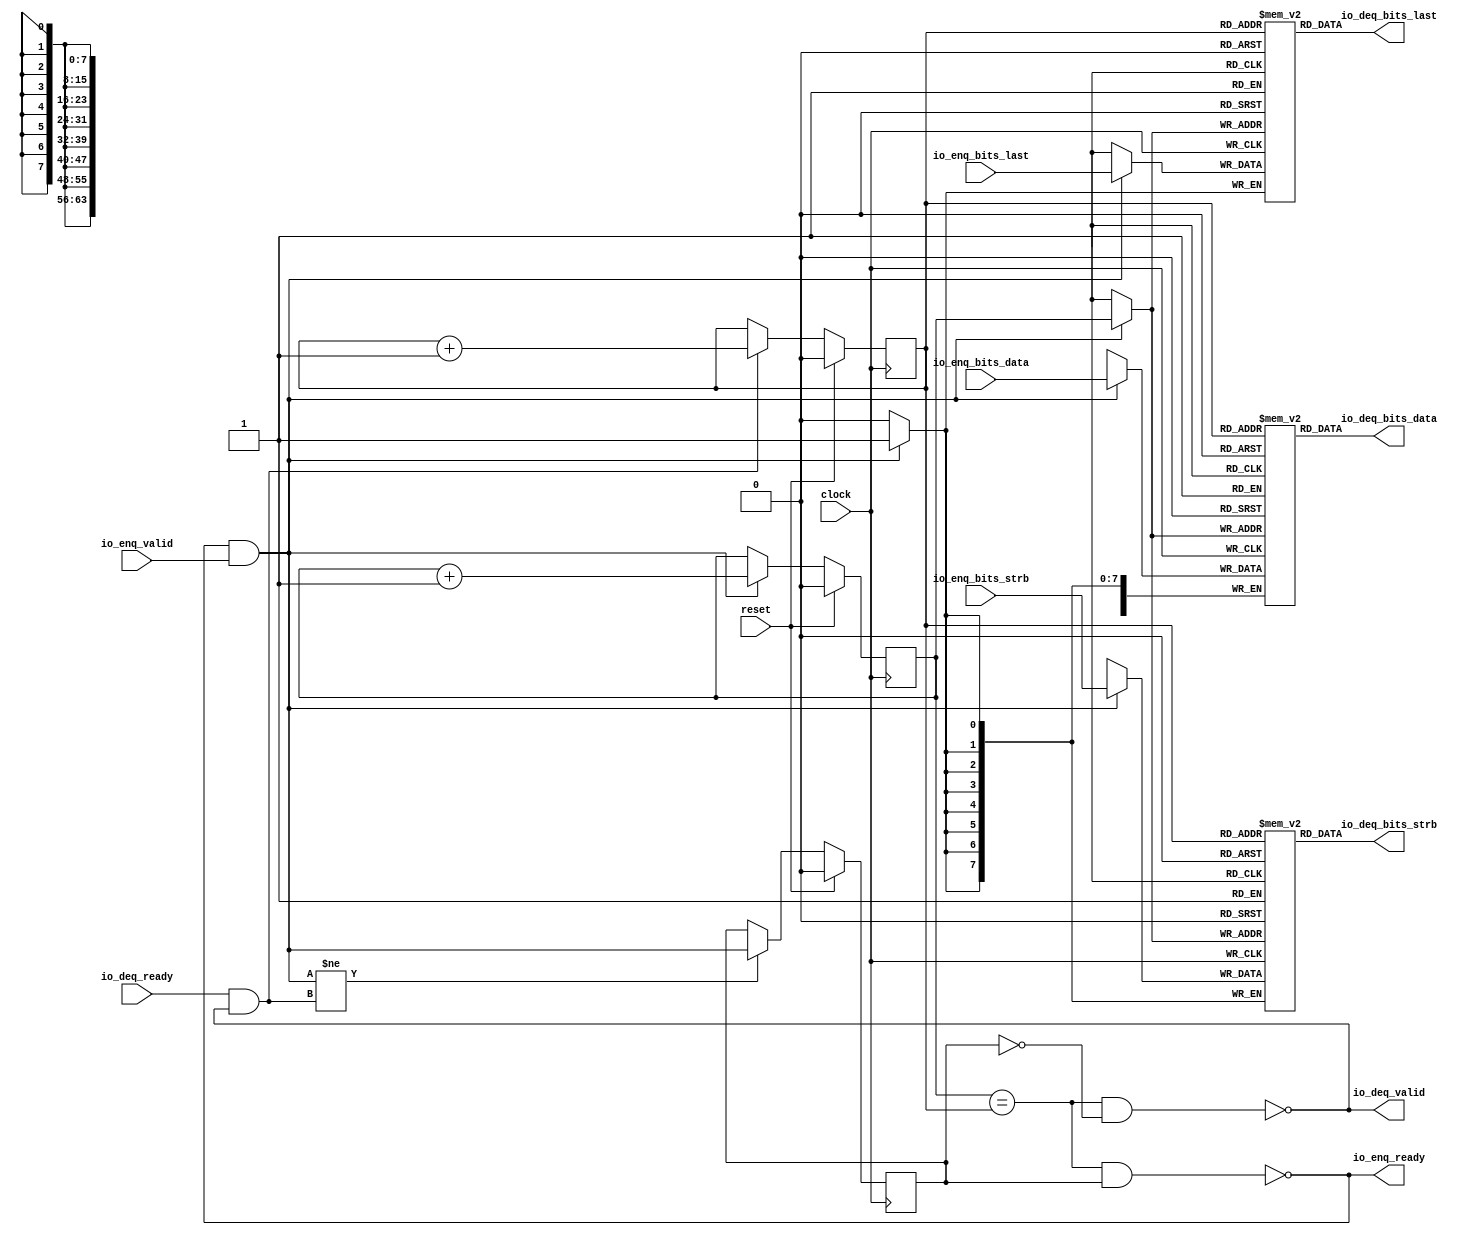
// Copyright (c) 2017, Microsemi Corporation
// All rights reserved.
//
// Redistribution and use in source and binary forms, with or without
// modification, are permitted provided that the following conditions are met:
//     * Redistributions of source code must retain the above copyright
//       notice, this list of conditions and the following disclaimer.
//     * Redistributions in binary form must reproduce the above copyright
//       notice, this list of conditions and the following disclaimer in the
//       documentation and/or other materials provided with the distribution.
//     * Neither the name of the <organization> nor the
//       names of its contributors may be used to endorse or promote products
//       derived from this software without specific prior written permission.
//
// THIS SOFTWARE IS PROVIDED BY THE COPYRIGHT HOLDERS AND CONTRIBUTORS "AS IS" AND
// ANY EXPRESS OR IMPLIED WARRANTIES, INCLUDING, BUT NOT LIMITED TO, THE IMPLIED
// WARRANTIES OF MERCHANTABILITY AND FITNESS FOR A PARTICULAR PURPOSE ARE
// DISCLAIMED. IN NO EVENT SHALL MICROSEMI CORPORATIONM BE LIABLE FOR ANY
// DIRECT, INDIRECT, INCIDENTAL, SPECIAL, EXEMPLARY, OR CONSEQUENTIAL DAMAGES
// (INCLUDING, BUT NOT LIMITED TO, PROCUREMENT OF SUBSTITUTE GOODS OR SERVICES;
// LOSS OF USE, DATA, OR PROFITS; OR BUSINESS INTERRUPTION) HOWEVER CAUSED AND
// ON ANY THEORY OF LIABILITY, WHETHER IN CONTRACT, STRICT LIABILITY, OR TORT
// (INCLUDING NEGLIGENCE OR OTHERWISE) ARISING IN ANY WAY OUT OF THE USE OF THIS
// SOFTWARE, EVEN IF ADVISED OF THE POSSIBILITY OF SUCH DAMAGE.
//
// APACHE LICENSE
// Copyright (c) 2017, Microsemi Corporation 
//
// Licensed under the Apache License, Version 2.0 (the "License");
// you may not use this file except in compliance with the License.
// You may obtain a copy of the License at
//
//    http://www.apache.org/licenses/LICENSE-2.0
//
// Unless required by applicable law or agreed to in writing, software
// distributed under the License is distributed on an "AS IS" BASIS,
// WITHOUT WARRANTIES OR CONDITIONS OF ANY KIND, either express or implied.
// See the License for the specific language governing permissions and
// limitations under the License.
//
// Description:
//
// SVN Revision Information:
// SVN $Revision: $
// SVN $Date: $
//
// Resolved SARs
// SAR      Date     Who   Description
//
// Notes:
//
// ****************************************************************************/
`ifndef RANDOMIZE_REG_INIT 
	 `define RANDOMIZE_REG_INIT 
 `endif
`ifndef RANDOMIZE_MEM_INIT 
	 `define RANDOMIZE_MEM_INIT 
 `endif
`ifndef RANDOMIZE 
	 `define RANDOMIZE 
`endif

`timescale 1ns/10ps
module MiV_AXI_MiV_AXI_0_MIV_RV32IMA_L1_AXI_QUEUE_29( // @[:freechips.rocketchip.system.MivRV32ImaL1AhbConfig.fir@113620.2]
  input         clock, // @[:freechips.rocketchip.system.MivRV32ImaL1AhbConfig.fir@113621.4]
  input         reset, // @[:freechips.rocketchip.system.MivRV32ImaL1AhbConfig.fir@113622.4]
  output        io_enq_ready, // @[:freechips.rocketchip.system.MivRV32ImaL1AhbConfig.fir@113623.4]
  input         io_enq_valid, // @[:freechips.rocketchip.system.MivRV32ImaL1AhbConfig.fir@113623.4]
  input  [63:0] io_enq_bits_data, // @[:freechips.rocketchip.system.MivRV32ImaL1AhbConfig.fir@113623.4]
  input  [7:0]  io_enq_bits_strb, // @[:freechips.rocketchip.system.MivRV32ImaL1AhbConfig.fir@113623.4]
  input         io_enq_bits_last, // @[:freechips.rocketchip.system.MivRV32ImaL1AhbConfig.fir@113623.4]
  input         io_deq_ready, // @[:freechips.rocketchip.system.MivRV32ImaL1AhbConfig.fir@113623.4]
  output        io_deq_valid, // @[:freechips.rocketchip.system.MivRV32ImaL1AhbConfig.fir@113623.4]
  output [63:0] io_deq_bits_data, // @[:freechips.rocketchip.system.MivRV32ImaL1AhbConfig.fir@113623.4]
  output [7:0]  io_deq_bits_strb, // @[:freechips.rocketchip.system.MivRV32ImaL1AhbConfig.fir@113623.4]
  output        io_deq_bits_last // @[:freechips.rocketchip.system.MivRV32ImaL1AhbConfig.fir@113623.4]
);
  reg [63:0] ram_data [0:1] /* synthesis syn_ramstyle = "registers" */; // @[Decoupled.scala 211:24:freechips.rocketchip.system.MivRV32ImaL1AhbConfig.fir@113625.4]
  reg [63:0] _RAND_0;
  wire [63:0] ram_data__T_50_data; // @[Decoupled.scala 211:24:freechips.rocketchip.system.MivRV32ImaL1AhbConfig.fir@113625.4]
  wire  ram_data__T_50_addr; // @[Decoupled.scala 211:24:freechips.rocketchip.system.MivRV32ImaL1AhbConfig.fir@113625.4]
  wire [63:0] ram_data__T_36_data; // @[Decoupled.scala 211:24:freechips.rocketchip.system.MivRV32ImaL1AhbConfig.fir@113625.4]
  wire  ram_data__T_36_addr; // @[Decoupled.scala 211:24:freechips.rocketchip.system.MivRV32ImaL1AhbConfig.fir@113625.4]
  wire  ram_data__T_36_mask; // @[Decoupled.scala 211:24:freechips.rocketchip.system.MivRV32ImaL1AhbConfig.fir@113625.4]
  wire  ram_data__T_36_en; // @[Decoupled.scala 211:24:freechips.rocketchip.system.MivRV32ImaL1AhbConfig.fir@113625.4]
  reg [7:0] ram_strb [0:1] /* synthesis syn_ramstyle = "registers" */; // @[Decoupled.scala 211:24:freechips.rocketchip.system.MivRV32ImaL1AhbConfig.fir@113625.4]
  reg [31:0] _RAND_1;
  wire [7:0] ram_strb__T_50_data; // @[Decoupled.scala 211:24:freechips.rocketchip.system.MivRV32ImaL1AhbConfig.fir@113625.4]
  wire  ram_strb__T_50_addr; // @[Decoupled.scala 211:24:freechips.rocketchip.system.MivRV32ImaL1AhbConfig.fir@113625.4]
  wire [7:0] ram_strb__T_36_data; // @[Decoupled.scala 211:24:freechips.rocketchip.system.MivRV32ImaL1AhbConfig.fir@113625.4]
  wire  ram_strb__T_36_addr; // @[Decoupled.scala 211:24:freechips.rocketchip.system.MivRV32ImaL1AhbConfig.fir@113625.4]
  wire  ram_strb__T_36_mask; // @[Decoupled.scala 211:24:freechips.rocketchip.system.MivRV32ImaL1AhbConfig.fir@113625.4]
  wire  ram_strb__T_36_en; // @[Decoupled.scala 211:24:freechips.rocketchip.system.MivRV32ImaL1AhbConfig.fir@113625.4]
  reg  ram_last [0:1]; // @[Decoupled.scala 211:24:freechips.rocketchip.system.MivRV32ImaL1AhbConfig.fir@113625.4]
  reg [31:0] _RAND_2;
  wire  ram_last__T_50_data; // @[Decoupled.scala 211:24:freechips.rocketchip.system.MivRV32ImaL1AhbConfig.fir@113625.4]
  wire  ram_last__T_50_addr; // @[Decoupled.scala 211:24:freechips.rocketchip.system.MivRV32ImaL1AhbConfig.fir@113625.4]
  wire  ram_last__T_36_data; // @[Decoupled.scala 211:24:freechips.rocketchip.system.MivRV32ImaL1AhbConfig.fir@113625.4]
  wire  ram_last__T_36_addr; // @[Decoupled.scala 211:24:freechips.rocketchip.system.MivRV32ImaL1AhbConfig.fir@113625.4]
  wire  ram_last__T_36_mask; // @[Decoupled.scala 211:24:freechips.rocketchip.system.MivRV32ImaL1AhbConfig.fir@113625.4]
  wire  ram_last__T_36_en; // @[Decoupled.scala 211:24:freechips.rocketchip.system.MivRV32ImaL1AhbConfig.fir@113625.4]
  reg  value; // @[Counter.scala 26:33:freechips.rocketchip.system.MivRV32ImaL1AhbConfig.fir@113626.4]
  reg [31:0] _RAND_3;
  reg  value_1; // @[Counter.scala 26:33:freechips.rocketchip.system.MivRV32ImaL1AhbConfig.fir@113627.4]
  reg [31:0] _RAND_4;
  reg  maybe_full; // @[Decoupled.scala 214:35:freechips.rocketchip.system.MivRV32ImaL1AhbConfig.fir@113628.4]
  reg [31:0] _RAND_5;
  wire  _T_28; // @[Decoupled.scala 216:41:freechips.rocketchip.system.MivRV32ImaL1AhbConfig.fir@113629.4]
  wire  _T_30; // @[Decoupled.scala 217:36:freechips.rocketchip.system.MivRV32ImaL1AhbConfig.fir@113630.4]
  wire  empty; // @[Decoupled.scala 217:33:freechips.rocketchip.system.MivRV32ImaL1AhbConfig.fir@113631.4]
  wire  _T_31; // @[Decoupled.scala 218:32:freechips.rocketchip.system.MivRV32ImaL1AhbConfig.fir@113632.4]
  wire  do_enq; // @[Decoupled.scala 30:37:freechips.rocketchip.system.MivRV32ImaL1AhbConfig.fir@113633.4]
  wire  do_deq; // @[Decoupled.scala 30:37:freechips.rocketchip.system.MivRV32ImaL1AhbConfig.fir@113636.4]
  wire [1:0] _T_39; // @[Counter.scala 35:22:freechips.rocketchip.system.MivRV32ImaL1AhbConfig.fir@113645.6]
  wire  _T_40; // @[Counter.scala 35:22:freechips.rocketchip.system.MivRV32ImaL1AhbConfig.fir@113646.6]
  wire  _GEN_6; // @[Decoupled.scala 222:17:freechips.rocketchip.system.MivRV32ImaL1AhbConfig.fir@113639.4]
  wire [1:0] _T_43; // @[Counter.scala 35:22:freechips.rocketchip.system.MivRV32ImaL1AhbConfig.fir@113651.6]
  wire  _T_44; // @[Counter.scala 35:22:freechips.rocketchip.system.MivRV32ImaL1AhbConfig.fir@113652.6]
  wire  _GEN_7; // @[Decoupled.scala 226:17:freechips.rocketchip.system.MivRV32ImaL1AhbConfig.fir@113649.4]
  wire  _T_45; // @[Decoupled.scala 229:16:freechips.rocketchip.system.MivRV32ImaL1AhbConfig.fir@113655.4]
  wire  _GEN_8; // @[Decoupled.scala 229:27:freechips.rocketchip.system.MivRV32ImaL1AhbConfig.fir@113656.4]
  wire  _T_47; // @[Decoupled.scala 233:19:freechips.rocketchip.system.MivRV32ImaL1AhbConfig.fir@113659.4]
  wire  _T_49; // @[Decoupled.scala 234:19:freechips.rocketchip.system.MivRV32ImaL1AhbConfig.fir@113661.4]
  assign ram_data__T_50_addr = value_1;
  assign ram_data__T_50_data = ram_data[ram_data__T_50_addr]; // @[Decoupled.scala 211:24:freechips.rocketchip.system.MivRV32ImaL1AhbConfig.fir@113625.4]
  assign ram_data__T_36_data = io_enq_bits_data;
  assign ram_data__T_36_addr = value;
  assign ram_data__T_36_mask = do_enq;
  assign ram_data__T_36_en = do_enq;
  assign ram_strb__T_50_addr = value_1;
  assign ram_strb__T_50_data = ram_strb[ram_strb__T_50_addr]; // @[Decoupled.scala 211:24:freechips.rocketchip.system.MivRV32ImaL1AhbConfig.fir@113625.4]
  assign ram_strb__T_36_data = io_enq_bits_strb;
  assign ram_strb__T_36_addr = value;
  assign ram_strb__T_36_mask = do_enq;
  assign ram_strb__T_36_en = do_enq;
  assign ram_last__T_50_addr = value_1;
  assign ram_last__T_50_data = ram_last[ram_last__T_50_addr]; // @[Decoupled.scala 211:24:freechips.rocketchip.system.MivRV32ImaL1AhbConfig.fir@113625.4]
  assign ram_last__T_36_data = io_enq_bits_last;
  assign ram_last__T_36_addr = value;
  assign ram_last__T_36_mask = do_enq;
  assign ram_last__T_36_en = do_enq;
  assign _T_28 = value == value_1; // @[Decoupled.scala 216:41:freechips.rocketchip.system.MivRV32ImaL1AhbConfig.fir@113629.4]
  assign _T_30 = maybe_full == 1'h0; // @[Decoupled.scala 217:36:freechips.rocketchip.system.MivRV32ImaL1AhbConfig.fir@113630.4]
  assign empty = _T_28 & _T_30; // @[Decoupled.scala 217:33:freechips.rocketchip.system.MivRV32ImaL1AhbConfig.fir@113631.4]
  assign _T_31 = _T_28 & maybe_full; // @[Decoupled.scala 218:32:freechips.rocketchip.system.MivRV32ImaL1AhbConfig.fir@113632.4]
  assign do_enq = io_enq_ready & io_enq_valid; // @[Decoupled.scala 30:37:freechips.rocketchip.system.MivRV32ImaL1AhbConfig.fir@113633.4]
  assign do_deq = io_deq_ready & io_deq_valid; // @[Decoupled.scala 30:37:freechips.rocketchip.system.MivRV32ImaL1AhbConfig.fir@113636.4]
  assign _T_39 = value + 1'h1; // @[Counter.scala 35:22:freechips.rocketchip.system.MivRV32ImaL1AhbConfig.fir@113645.6]
  assign _T_40 = _T_39[0:0]; // @[Counter.scala 35:22:freechips.rocketchip.system.MivRV32ImaL1AhbConfig.fir@113646.6]
  assign _GEN_6 = do_enq ? _T_40 : value; // @[Decoupled.scala 222:17:freechips.rocketchip.system.MivRV32ImaL1AhbConfig.fir@113639.4]
  assign _T_43 = value_1 + 1'h1; // @[Counter.scala 35:22:freechips.rocketchip.system.MivRV32ImaL1AhbConfig.fir@113651.6]
  assign _T_44 = _T_43[0:0]; // @[Counter.scala 35:22:freechips.rocketchip.system.MivRV32ImaL1AhbConfig.fir@113652.6]
  assign _GEN_7 = do_deq ? _T_44 : value_1; // @[Decoupled.scala 226:17:freechips.rocketchip.system.MivRV32ImaL1AhbConfig.fir@113649.4]
  assign _T_45 = do_enq != do_deq; // @[Decoupled.scala 229:16:freechips.rocketchip.system.MivRV32ImaL1AhbConfig.fir@113655.4]
  assign _GEN_8 = _T_45 ? do_enq : maybe_full; // @[Decoupled.scala 229:27:freechips.rocketchip.system.MivRV32ImaL1AhbConfig.fir@113656.4]
  assign _T_47 = empty == 1'h0; // @[Decoupled.scala 233:19:freechips.rocketchip.system.MivRV32ImaL1AhbConfig.fir@113659.4]
  assign _T_49 = _T_31 == 1'h0; // @[Decoupled.scala 234:19:freechips.rocketchip.system.MivRV32ImaL1AhbConfig.fir@113661.4]
  assign io_enq_ready = _T_49;
  assign io_deq_valid = _T_47;
  assign io_deq_bits_data = ram_data__T_50_data;
  assign io_deq_bits_strb = ram_strb__T_50_data;
  assign io_deq_bits_last = ram_last__T_50_data;
`ifdef RANDOMIZE
  integer initvar;
  initial begin
    `ifndef verilator
      #0.002 begin end
    `endif
  _RAND_0 = {2{32'b0}};
  `ifdef RANDOMIZE_MEM_INIT
  for (initvar = 0; initvar < 2; initvar = initvar+1)
    ram_data[initvar] = _RAND_0[63:0];
  `endif // RANDOMIZE_MEM_INIT
  _RAND_1 = {1{32'b0}};
  `ifdef RANDOMIZE_MEM_INIT
  for (initvar = 0; initvar < 2; initvar = initvar+1)
    ram_strb[initvar] = _RAND_1[7:0];
  `endif // RANDOMIZE_MEM_INIT
  _RAND_2 = {1{32'b0}};
  `ifdef RANDOMIZE_MEM_INIT
  for (initvar = 0; initvar < 2; initvar = initvar+1)
    ram_last[initvar] = _RAND_2[0:0];
  `endif // RANDOMIZE_MEM_INIT
  `ifdef RANDOMIZE_REG_INIT
  _RAND_3 = {1{32'b0}};
  value = _RAND_3[0:0];
  `endif // RANDOMIZE_REG_INIT
  `ifdef RANDOMIZE_REG_INIT
  _RAND_4 = {1{32'b0}};
  value_1 = _RAND_4[0:0];
  `endif // RANDOMIZE_REG_INIT
  `ifdef RANDOMIZE_REG_INIT
  _RAND_5 = {1{32'b0}};
  maybe_full = _RAND_5[0:0];
  `endif // RANDOMIZE_REG_INIT
  end
`endif // RANDOMIZE
  always @(posedge clock) begin
    if(ram_data__T_36_en & ram_data__T_36_mask) begin
      ram_data[ram_data__T_36_addr] <= ram_data__T_36_data; // @[Decoupled.scala 211:24:freechips.rocketchip.system.MivRV32ImaL1AhbConfig.fir@113625.4]
    end
    if(ram_strb__T_36_en & ram_strb__T_36_mask) begin
      ram_strb[ram_strb__T_36_addr] <= ram_strb__T_36_data; // @[Decoupled.scala 211:24:freechips.rocketchip.system.MivRV32ImaL1AhbConfig.fir@113625.4]
    end
    if(ram_last__T_36_en & ram_last__T_36_mask) begin
      ram_last[ram_last__T_36_addr] <= ram_last__T_36_data; // @[Decoupled.scala 211:24:freechips.rocketchip.system.MivRV32ImaL1AhbConfig.fir@113625.4]
    end
    if (reset) begin
      value <= 1'h0;
    end else begin
      if (do_enq) begin
        value <= _T_40;
      end
    end
    if (reset) begin
      value_1 <= 1'h0;
    end else begin
      if (do_deq) begin
        value_1 <= _T_44;
      end
    end
    if (reset) begin
      maybe_full <= 1'h0;
    end else begin
      if (_T_45) begin
        maybe_full <= do_enq;
      end
    end
  end
endmodule